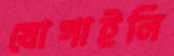
যোগাইলি